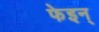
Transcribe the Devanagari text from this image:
फेइन्